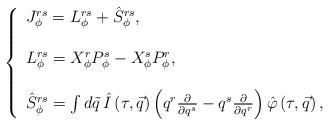
LaTeX: \begin{align*}\left\{\begin{array}{l}J^{rs}_{\phi}=L_{\phi}^{rs}+{\hat S}_{\phi}^{rs}, \\\\L_{\phi}^{rs}=X_{\phi}^rP_{\phi}^s-X_{\phi}^sP_{\phi}^r,\\\\{\hat S}_{\phi}^{rs}=\int d\tilde q\,\hat I\left( \tau ,\vec q\right) \left( q^r\frac \partial {\partial q^s}-q^s\frac\partial {\partial q^r}\right) \hat \varphi \left( \tau ,\vec q\right) ,\end{array}\right.\end{align*}